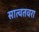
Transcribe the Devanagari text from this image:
सात्वतवरा